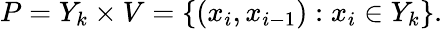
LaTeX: P=Y_{k}\times V=\{ (x_{i},x_{i-1}):x_{i}\in Y_{k}\} .